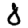
Digit: 8